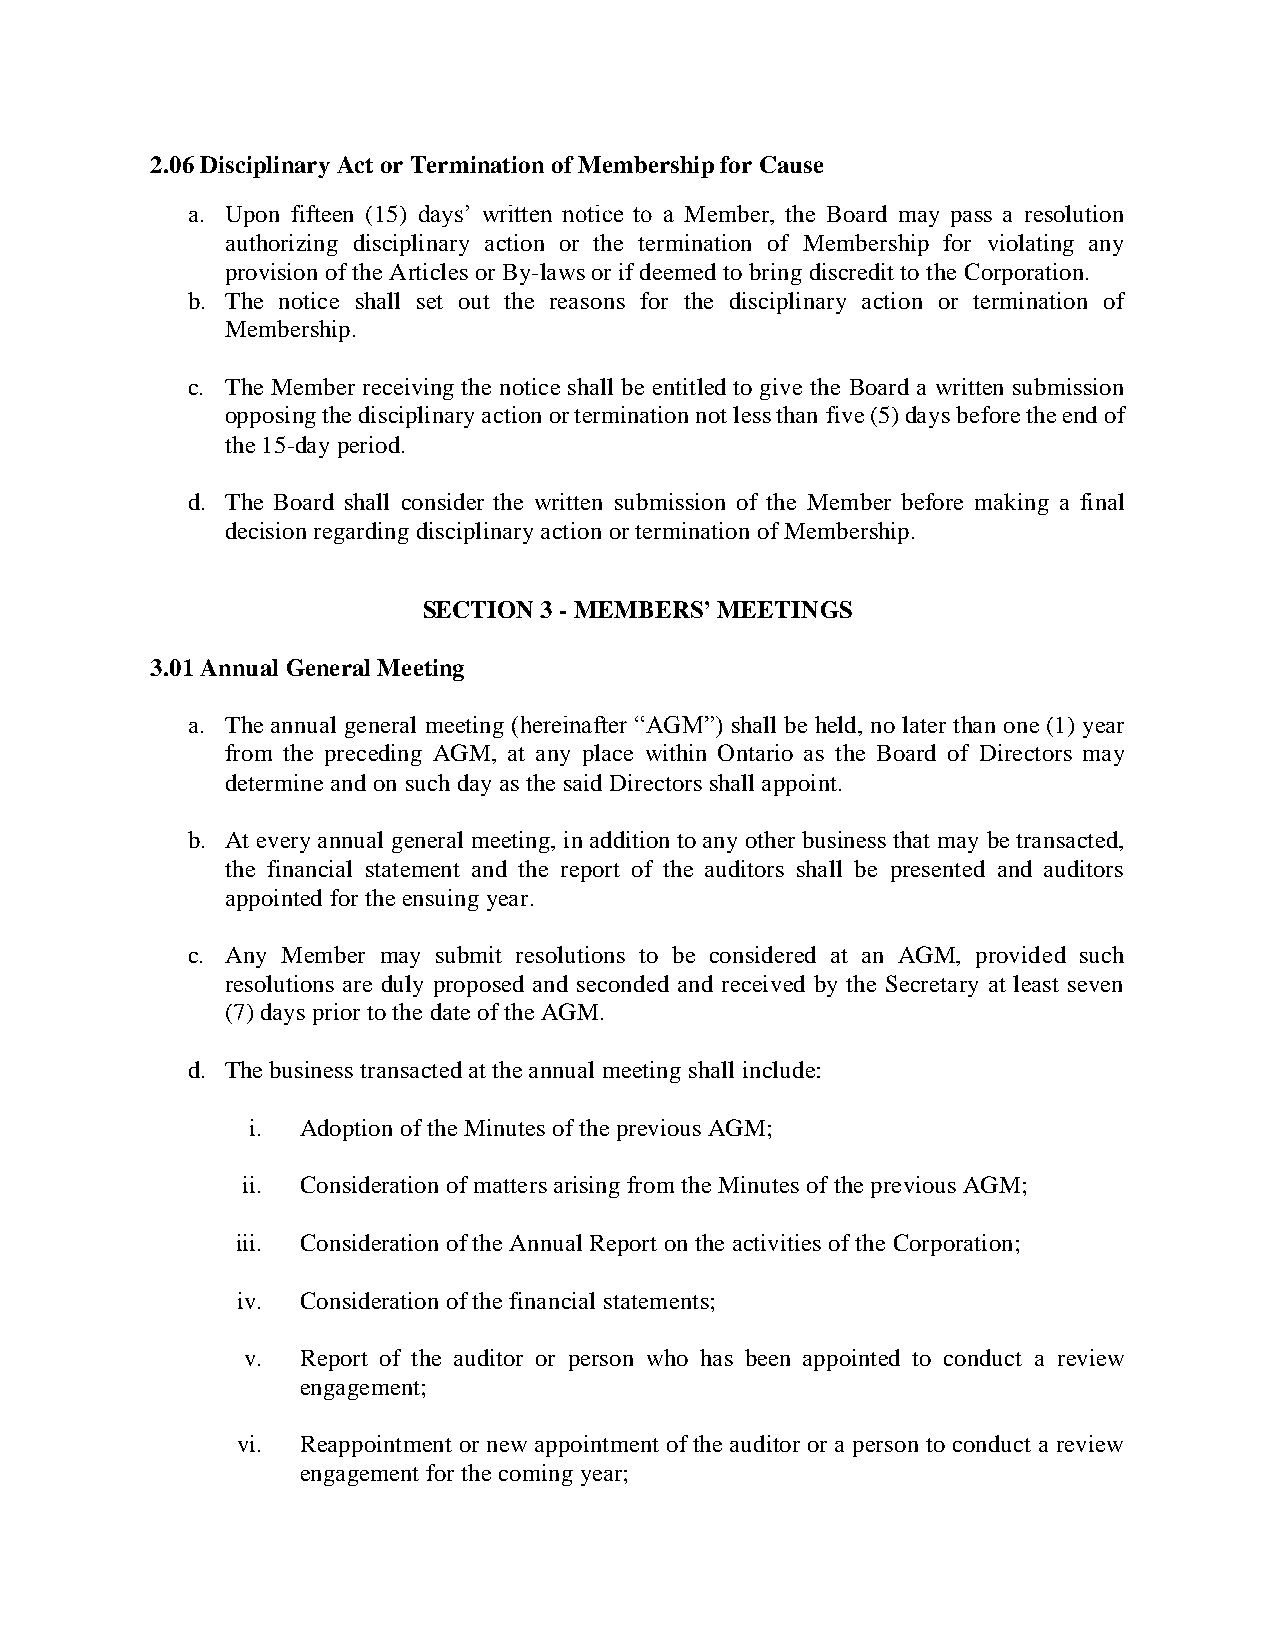
2.06 Disciplinary Act or Termination of Membership for Cause
 a. Upon fifteen (15) days’ written notice to a Member, the Board may pass a resolution
 authorizing disciplinary action or the termination of Membership for violating any
 provision of the Articles or By-laws or if deemed to bring discredit to the Corporation.
 b. The notice shall set out the reasons for the disciplinary action or termination of
 Membership.
 c. The Member receiving the notice shall be entitled to give the Board a written submission
 opposing the disciplinary action or termination not less than five (5) days before the end of
 the 15-day period.
 d. The Board shall consider the written submission of the Member before making a final
 decision regarding disciplinary action or termination of Membership.
 SECTION 3 - MEMBERS’ MEETINGS
 3.01 Annual General Meeting
 a. The annual general meeting (hereinafter “AGM”) shall be held, no later than one (1) year
 from the preceding AGM, at any place within Ontario as the Board of Directors may
 determine and on such day as the said Directors shall appoint.
 b. At every annual general meeting, in addition to any other business that may be transacted,
 the financial statement and the report of the auditors shall be presented and auditors
 appointed for the ensuing year.
 c. Any Member may submit resolutions to be considered at an AGM, provided such
 resolutions are duly proposed and seconded and received by the Secretary at least seven
 (7) days prior to the date of the AGM.
 d. The business transacted at the annual meeting shall include:
 i.  Adoption of the Minutes of the previous AGM;
 ii. Consideration of matters arising from the Minutes of the previous AGM;
 iii. Consideration of the Annual Report on the activities of the Corporation;
 iv. Consideration of the financial statements;
 v.  Report of the auditor or person who has been appointed to conduct a review
 engagement;
 vi. Reappointment or new appointment of the auditor or a person to conduct a review
 engagement for the coming year;